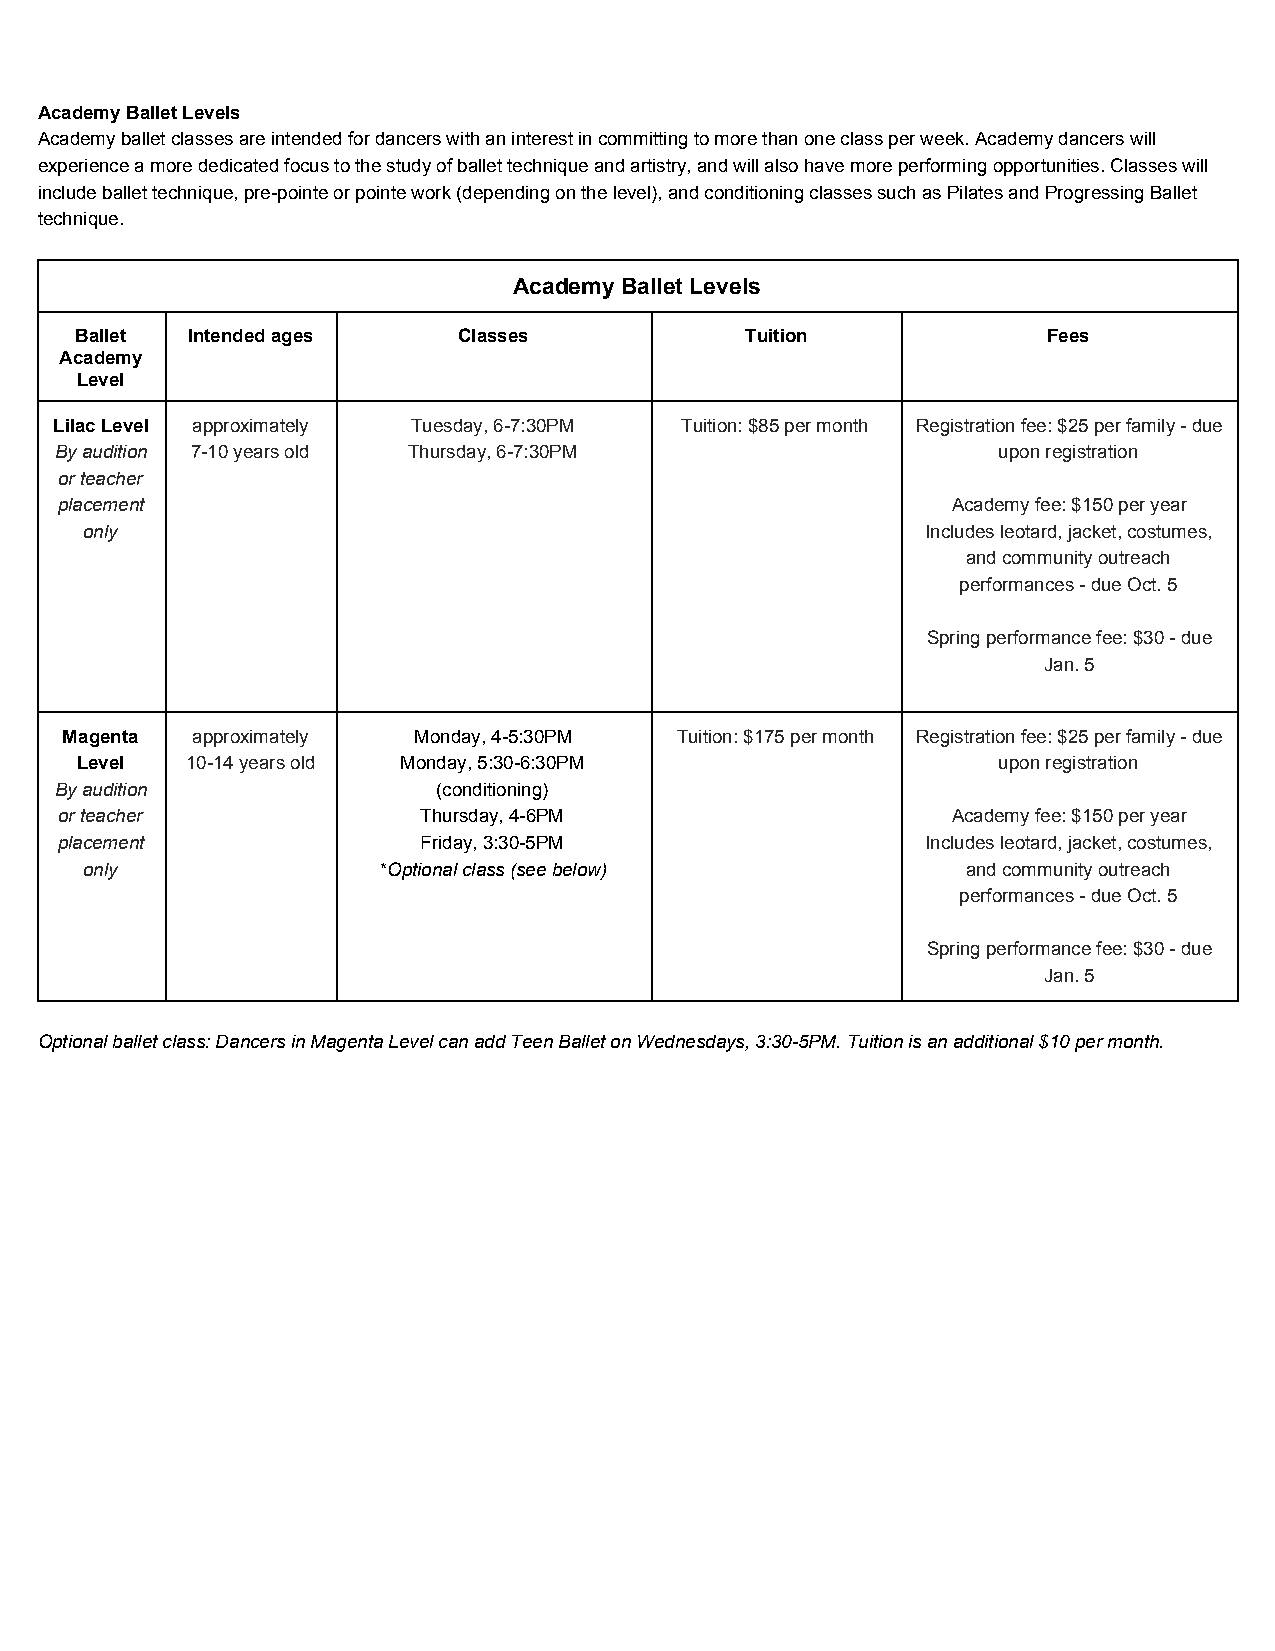
Academy Ballet Levels
 Academy ballet classes are intended for dancers with an interest in committing to more than one class per week. Academy dancers will
 experience a more dedicated focus to the study of ballet technique and artistry, and will also have more performing opportunities. Classes will
 include ballet technique, pre-pointe or pointe work (depending on the level), and conditioning classes such as Pilates and Progressing Ballet
 technique.
 Academy Ballet Levels
 Ballet Intended ages     Classes            Tuition             Fees
 Academy
 Level
 Lilac Level approximately Tuesday, 6-7:30PM Tuition: $85 per month Registration fee: $25 per family - due
 By audition 7-10 years old Thursday, 6-7:30PM                 upon registration
 or teacher
 placement                                                  Academy fee: $150 per year
 only                                                    Includes leotard, jacket, costumes,
 and community outreach
 performances - due Oct. 5
 Spring performance fee: $30 - due
 Jan. 5
 Magenta  approximately Monday, 4-5:30PM  Tuition: $175 per month Registration fee: $25 per family - due
 Level  10-14 years old Monday, 5:30-6:30PM                   upon registration
 By audition              (conditioning)
 or teacher              Thursday, 4-6PM                    Academy fee: $150 per year
 placement               Friday, 3:30-5PM                 Includes leotard, jacket, costumes,
 only                *Optional class (see below)            and community outreach
 ​
 performances - due Oct. 5
 Spring performance fee: $30 - due
 Jan. 5
 Optional ballet class: Dancers in Magenta Level can add Teen Ballet on Wednesdays, 3:30-5PM. Tuition is an additional $10 per month.